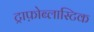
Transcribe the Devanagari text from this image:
ट्राफ़ोब्लास्टिक